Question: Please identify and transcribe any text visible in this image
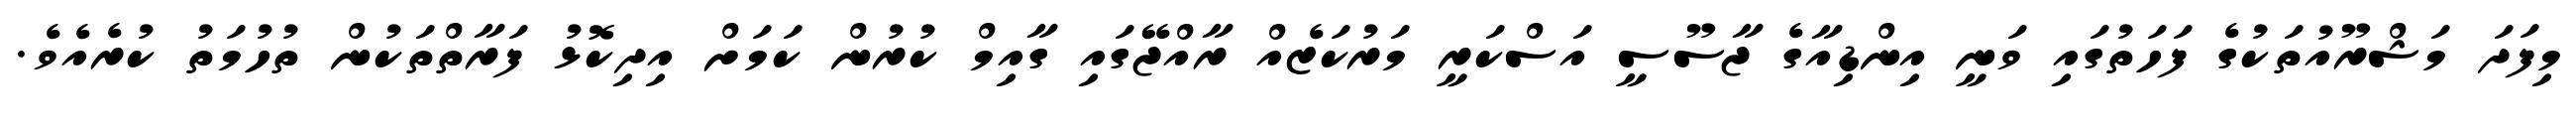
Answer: މިފަދަ މަޝްރޫއުތަކުގެ ފަހަތުގައި ވަނީ އިންޑިއާގެ ޖާސޫސީ އަސްކަރީ މަރުކަޒެއް ރާއްޖޭގައި ގާއިމް ކުރުން ކަމަށް އިދިކޮޅު ފަރާތްތަކުން ތުހުމަތު ކުރެއެވެ.